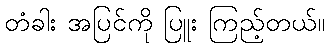
တံခါး အပြင်ကို ပြူး ကြည့်တယ်။